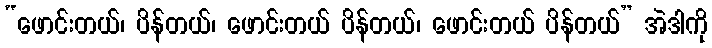
“ဖောင်းတယ်၊ ပိန်တယ်၊ ဖောင်းတယ် ပိန်တယ်၊ ဖောင်းတယ် ပိန်တယ်” အဲဒါကို